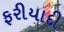
ફરીયાદી